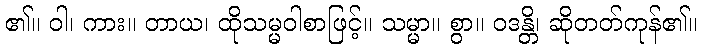
၏။ ဝါ၊ ကား။ တာယ၊ ထိုသမ္မဝါစာဖြင့်။ သမ္မာ။ စွာ။ ဝဒန္တိ၊ ဆိုတတ်ကုန်၏။